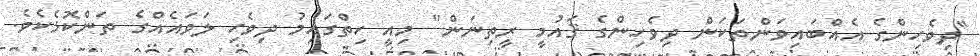
"ދިވެހިންގެ އެއްބައިވަންތަކަން ދިވެހިންގެ ޤައުމީ ރީތިނަން" މިއީ ހިތްގައިމު ދިވެހި ލަވައެއްގެ ތަންކޮޅެކެވެ.